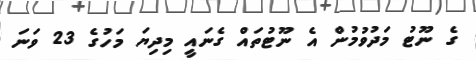
ގެ ނޫޓު މަދުވުމުން އެ ނޫޓުތައް ގެނައީ މިދިޔަ މަހުގެ 23 ވަނަ